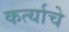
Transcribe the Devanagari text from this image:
कर्त्याचे